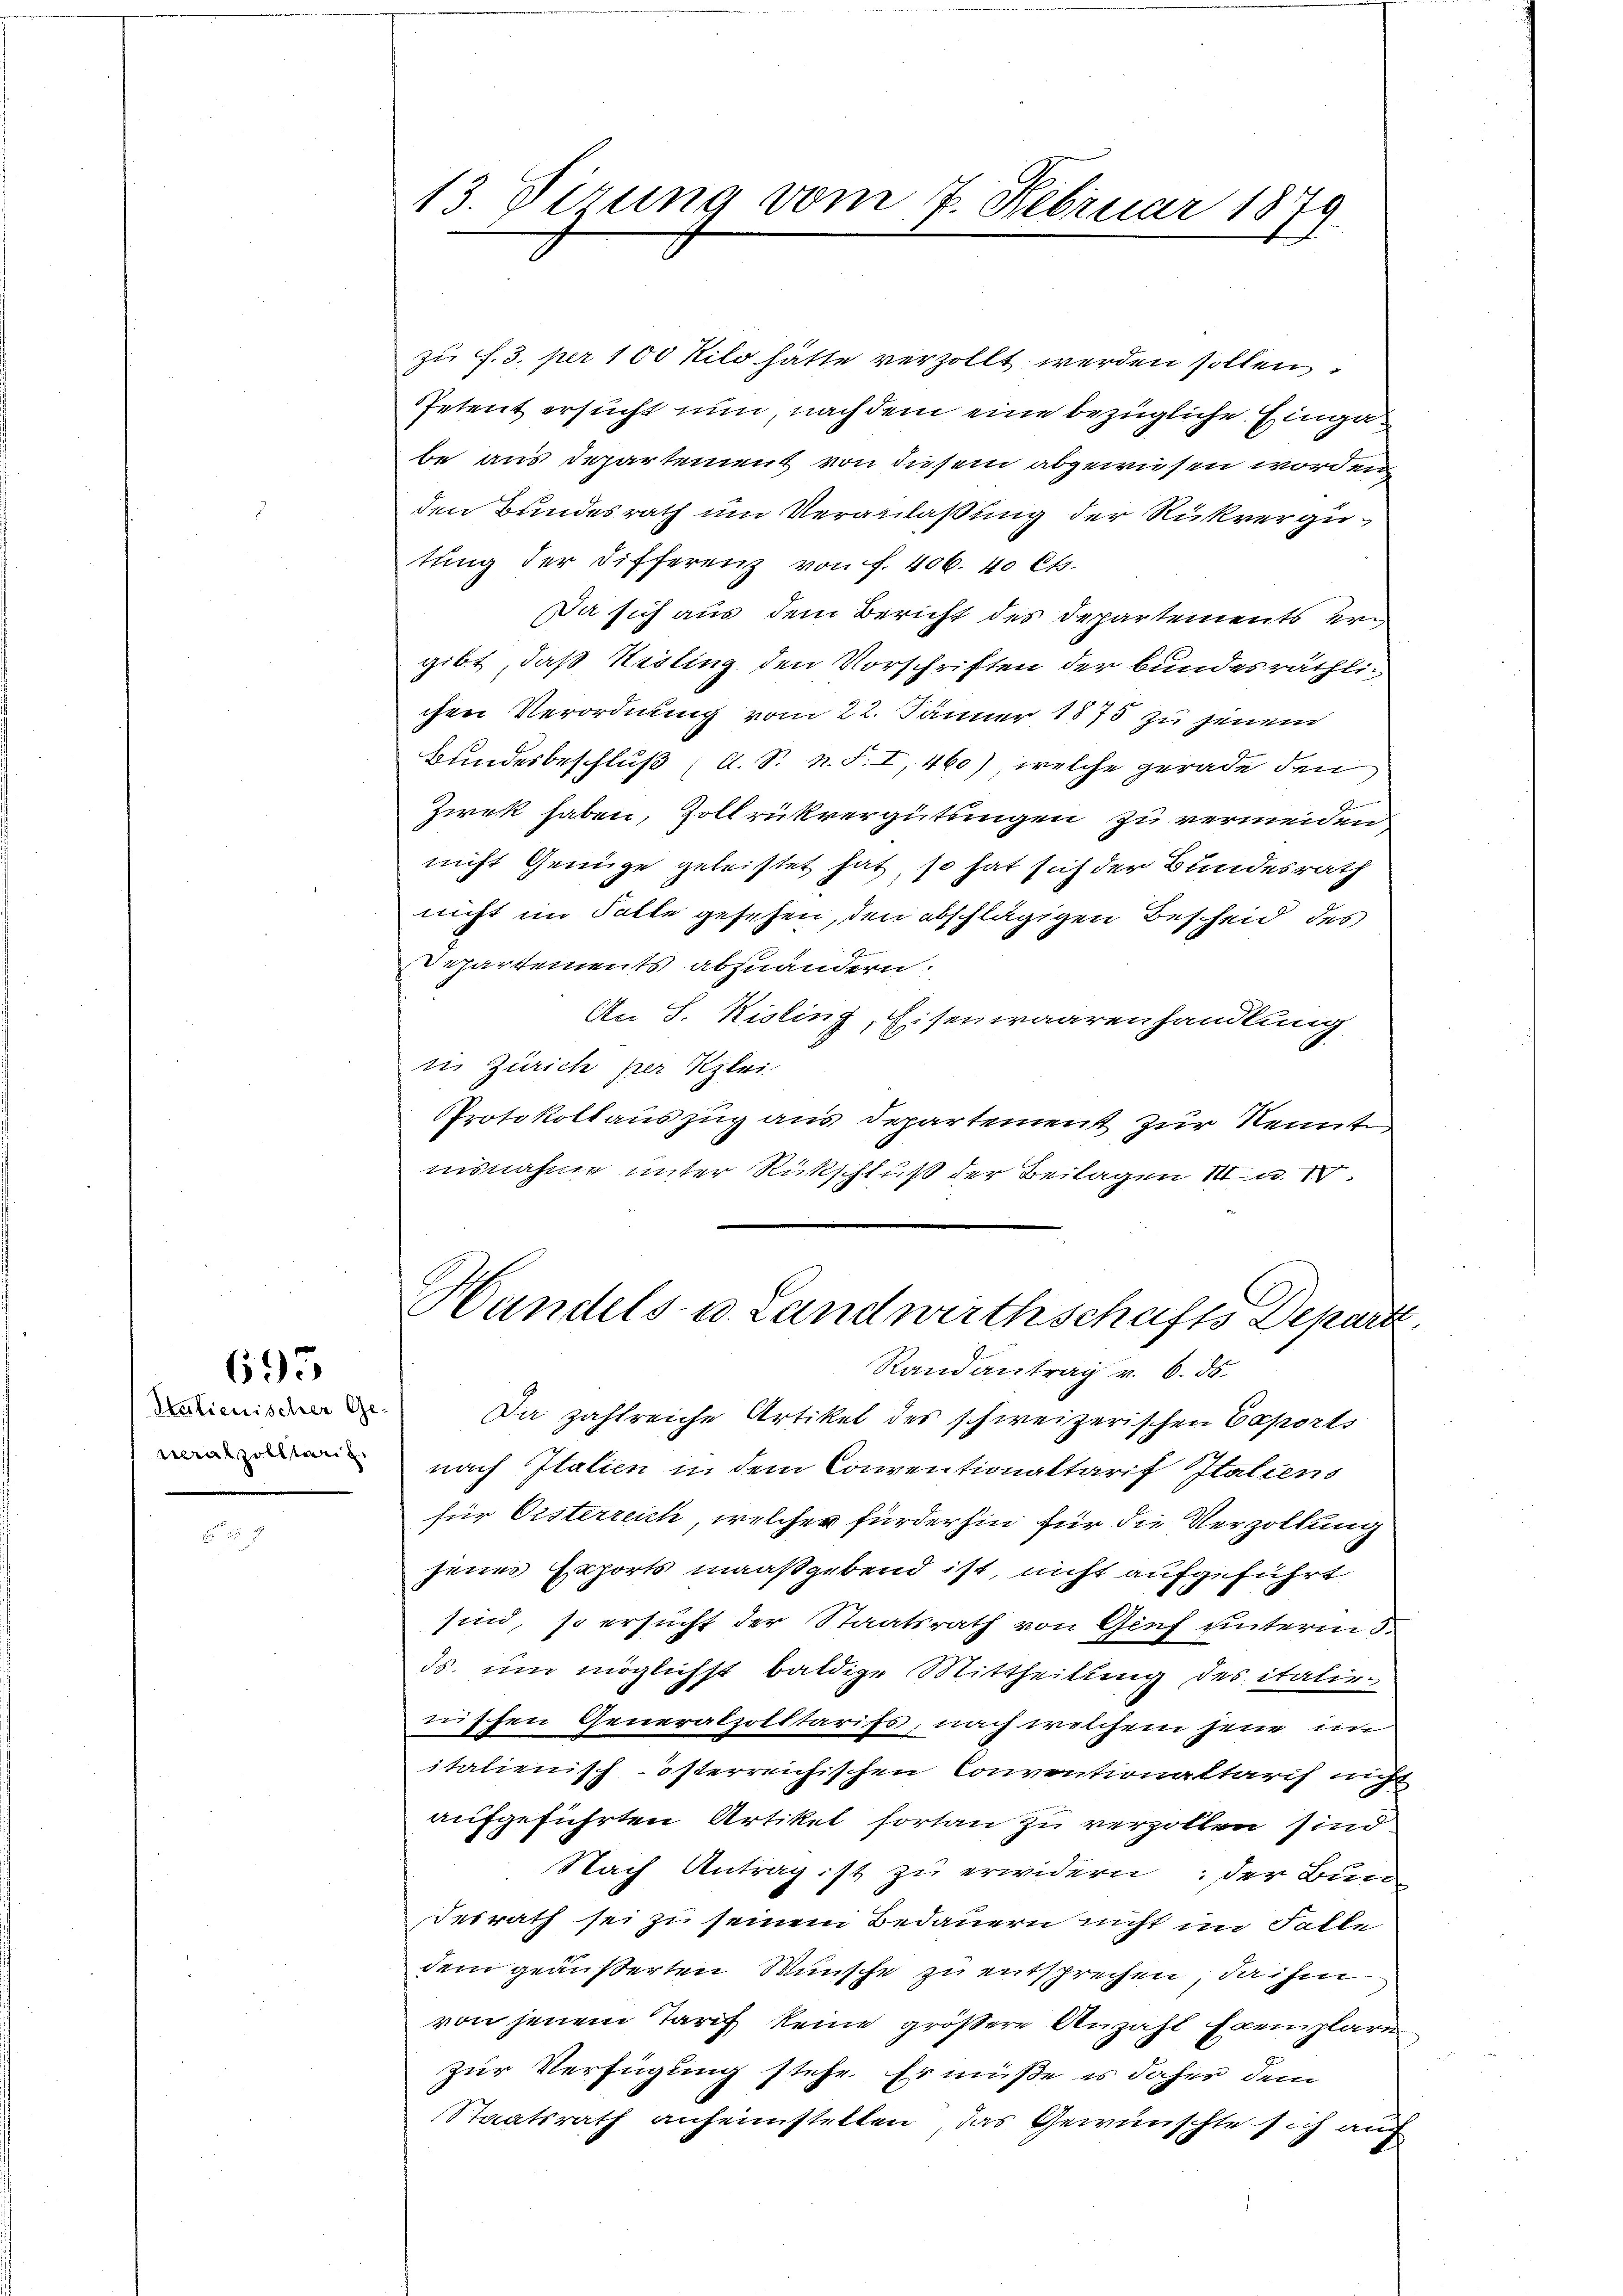
695

Statienischer Ge

13. Sirung vom 7. Februar 1879

zu f. 3. per 100 Kilo hätte verzollt werden sollen
Petent ersucht nun, nach dem eine bezügliche Eingabe aus Departement von diesem abgewiesen worden
den Bundesrath um Veranlaßung der Rückvergutung der Differenz von f. 406. 40 Ct.
Da sich aus dem Bericht des Departements ergibt, daß Heiling, den Vorschriften der bundesräthlichen Verordnung vom 22. Jänner 1873 zu jenem
Bundesbeschluß (d. S. N. S. I, 460), welche gerade den
Ziek haben, Zollrükvergütungen zu vermeiden,
nicht Genüge geleistet hat, so hat sich der Bundesrath
nicht im Falle gesehen, den abschlägigen Bescheid des
Departements abzuändern.
An S. Kisling, Eisenwaarenhandlung
in Zürich per Klei
PProtokollauszug aus Departement zur Kennt
nisnahme unter Rückschluß der Beilagen III.
Hundels- u. Landwirthschafts Depara
Randantrag v. 6. ds.
Da zahlreiche Artikel des schweizerischen Caports
 nach Italien in dem Conventionaltarif Italiens
für Osterreich, welcher fürderhin für die Verzollung
jenes Exports maaßgebend ist, nicht aufgeführt
sind, so ersucht der Staatsrath von Genf unterm 3.
ds. um möglichst baldige Mittheilung des italirnischen Generalzolltarifs, nach welchem jene im
italienisch-österreichischen Conventionaltarif nicht
aufgeführten Artikel fortan zu verzollen sind
Nach Antrag ist zu erwidern: der Bun
desrath sei zu seinem Bedauern nicht im Falle
dem geäußerten Wünsche zu entsprechen, da ihm
von jenem Tarif keine größere Anzahl Exemplare
zur Verfügung stehe. Er müße es daher dem
Staatsrath anheimstellen, das Gewünschte sich auf